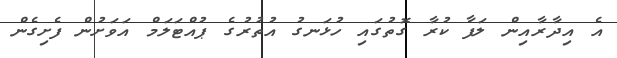
އެ އިދާރާއިން ލަފާ ކުރާ ގޮތުގައި ހުޅަނގު އުތުރުގެ ޕުއްޓަލަމް އަވަށުން ފެށިގެން